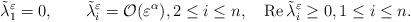
LaTeX: \begin{align*} \tilde{\lambda}^\varepsilon_1=0,\quad\quad\tilde{\lambda}^{\varepsilon}_i=\mathcal O(\varepsilon^\alpha),2\leq i\leq n, \quad\operatorname{Re} \tilde{\lambda}^\varepsilon_i \geq 0, 1\leq i\leq n.\end{align*}